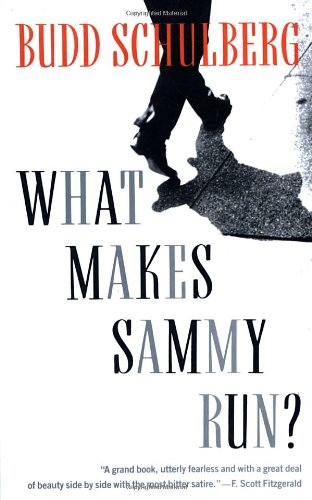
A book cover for What Makes Sammy Run?; Budd Schulberg; Literature & Fiction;